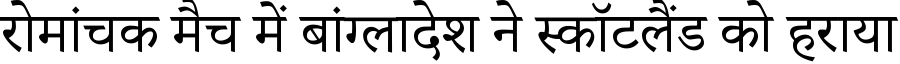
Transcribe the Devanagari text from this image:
रोमांचक मैच में बांग्लादेश ने स्कॉटलैंड को हराया